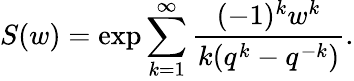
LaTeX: S(w)=\exp\sum_{k=1}^{\infty}\frac{(-1)^{k}w^{k}}{k(q^{k}-q^{-k})}.